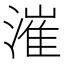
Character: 漼